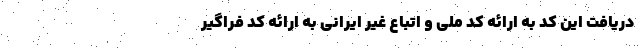
دریافت این کد به ارائه کد ملی و اتباع غیر ایرانی به ارائه کد فراگیر